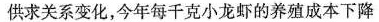
供求关系变化，今年每千克小龙虾的养殖成本下降